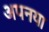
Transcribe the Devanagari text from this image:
अपनया